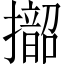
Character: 𱡁